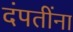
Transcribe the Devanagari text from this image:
दंपतींना